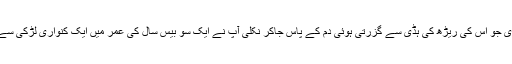
حضرت سوید بن غفلہ رحمہ اللہ اس شیر کی طرف بڑھے اور اس کی سر پر ایسی تلوار ماری جو اس کی ریڑھ کی ہڈی سے گزرتی ہوئی دم کے پاس جاکر نکلی آپ نے ایک سو بیس سال کی عمر میں ایک کنواری لڑکی سے شادی کی آپ نے ایک سو اٹھائیس سال یا ایک سو ستائیس سال کی عمر میں وصال فرمایا ۔